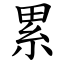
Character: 累